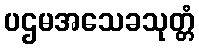
ပဌမအသေခသုတ္တံ